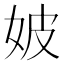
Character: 𡛡